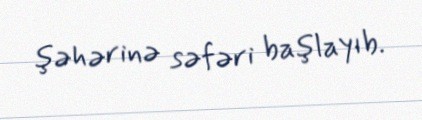
şəhərinə səfəri başlayıb.